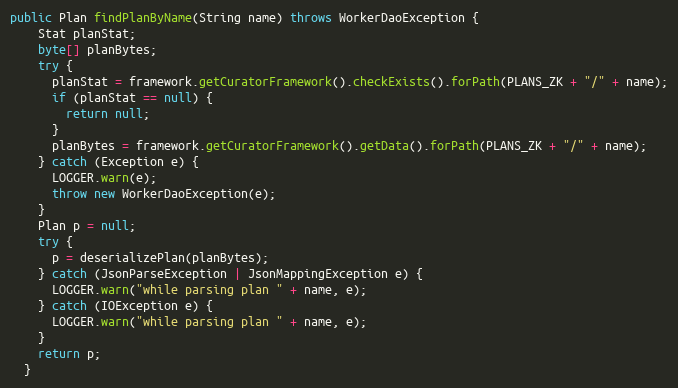
Language: Java
public Plan findPlanByName(String name) throws WorkerDaoException {
    Stat planStat;
    byte[] planBytes;
    try {
      planStat = framework.getCuratorFramework().checkExists().forPath(PLANS_ZK + "/" + name);
      if (planStat == null) {
        return null;
      }
      planBytes = framework.getCuratorFramework().getData().forPath(PLANS_ZK + "/" + name);
    } catch (Exception e) {
      LOGGER.warn(e);
      throw new WorkerDaoException(e);
    }
    Plan p = null;
    try {
      p = deserializePlan(planBytes);
    } catch (JsonParseException | JsonMappingException e) {
      LOGGER.warn("while parsing plan " + name, e);
    } catch (IOException e) {
      LOGGER.warn("while parsing plan " + name, e);
    }
    return p;
  }